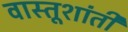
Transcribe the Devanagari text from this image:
वास्तूशांती